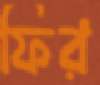
ফির